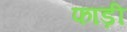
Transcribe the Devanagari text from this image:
फाड़ी